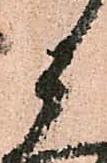
候